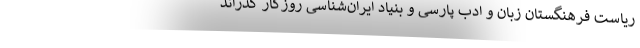
ریاست فرهنگستان زبان و ادب پارسی و بنیاد ایران‌شناسی روزگار گذراند